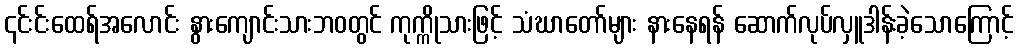
၎င်းင်းထေရ်အလောင်း နွားကျောင်းသားဘဝတွင် ကုက္ကိုသားဖြင့် သံဃာတော်များ နားနေရန် ဆောက်လုပ်လှူဒါန်းခဲ့သောကြောင့်